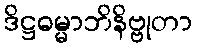
ဒိဋ္ဌဓမ္မာဘိနိဗ္ဗုတာ